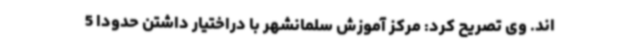
اند. وی تصریح کرد: مرکز آموزش سلمانشهر با دراختیار داشتن حدوداً 5